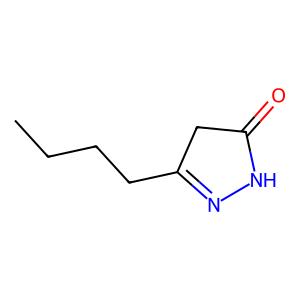
SMILES: CCCCC1=NNC(=O)C1
Inhibits HIV replication: No